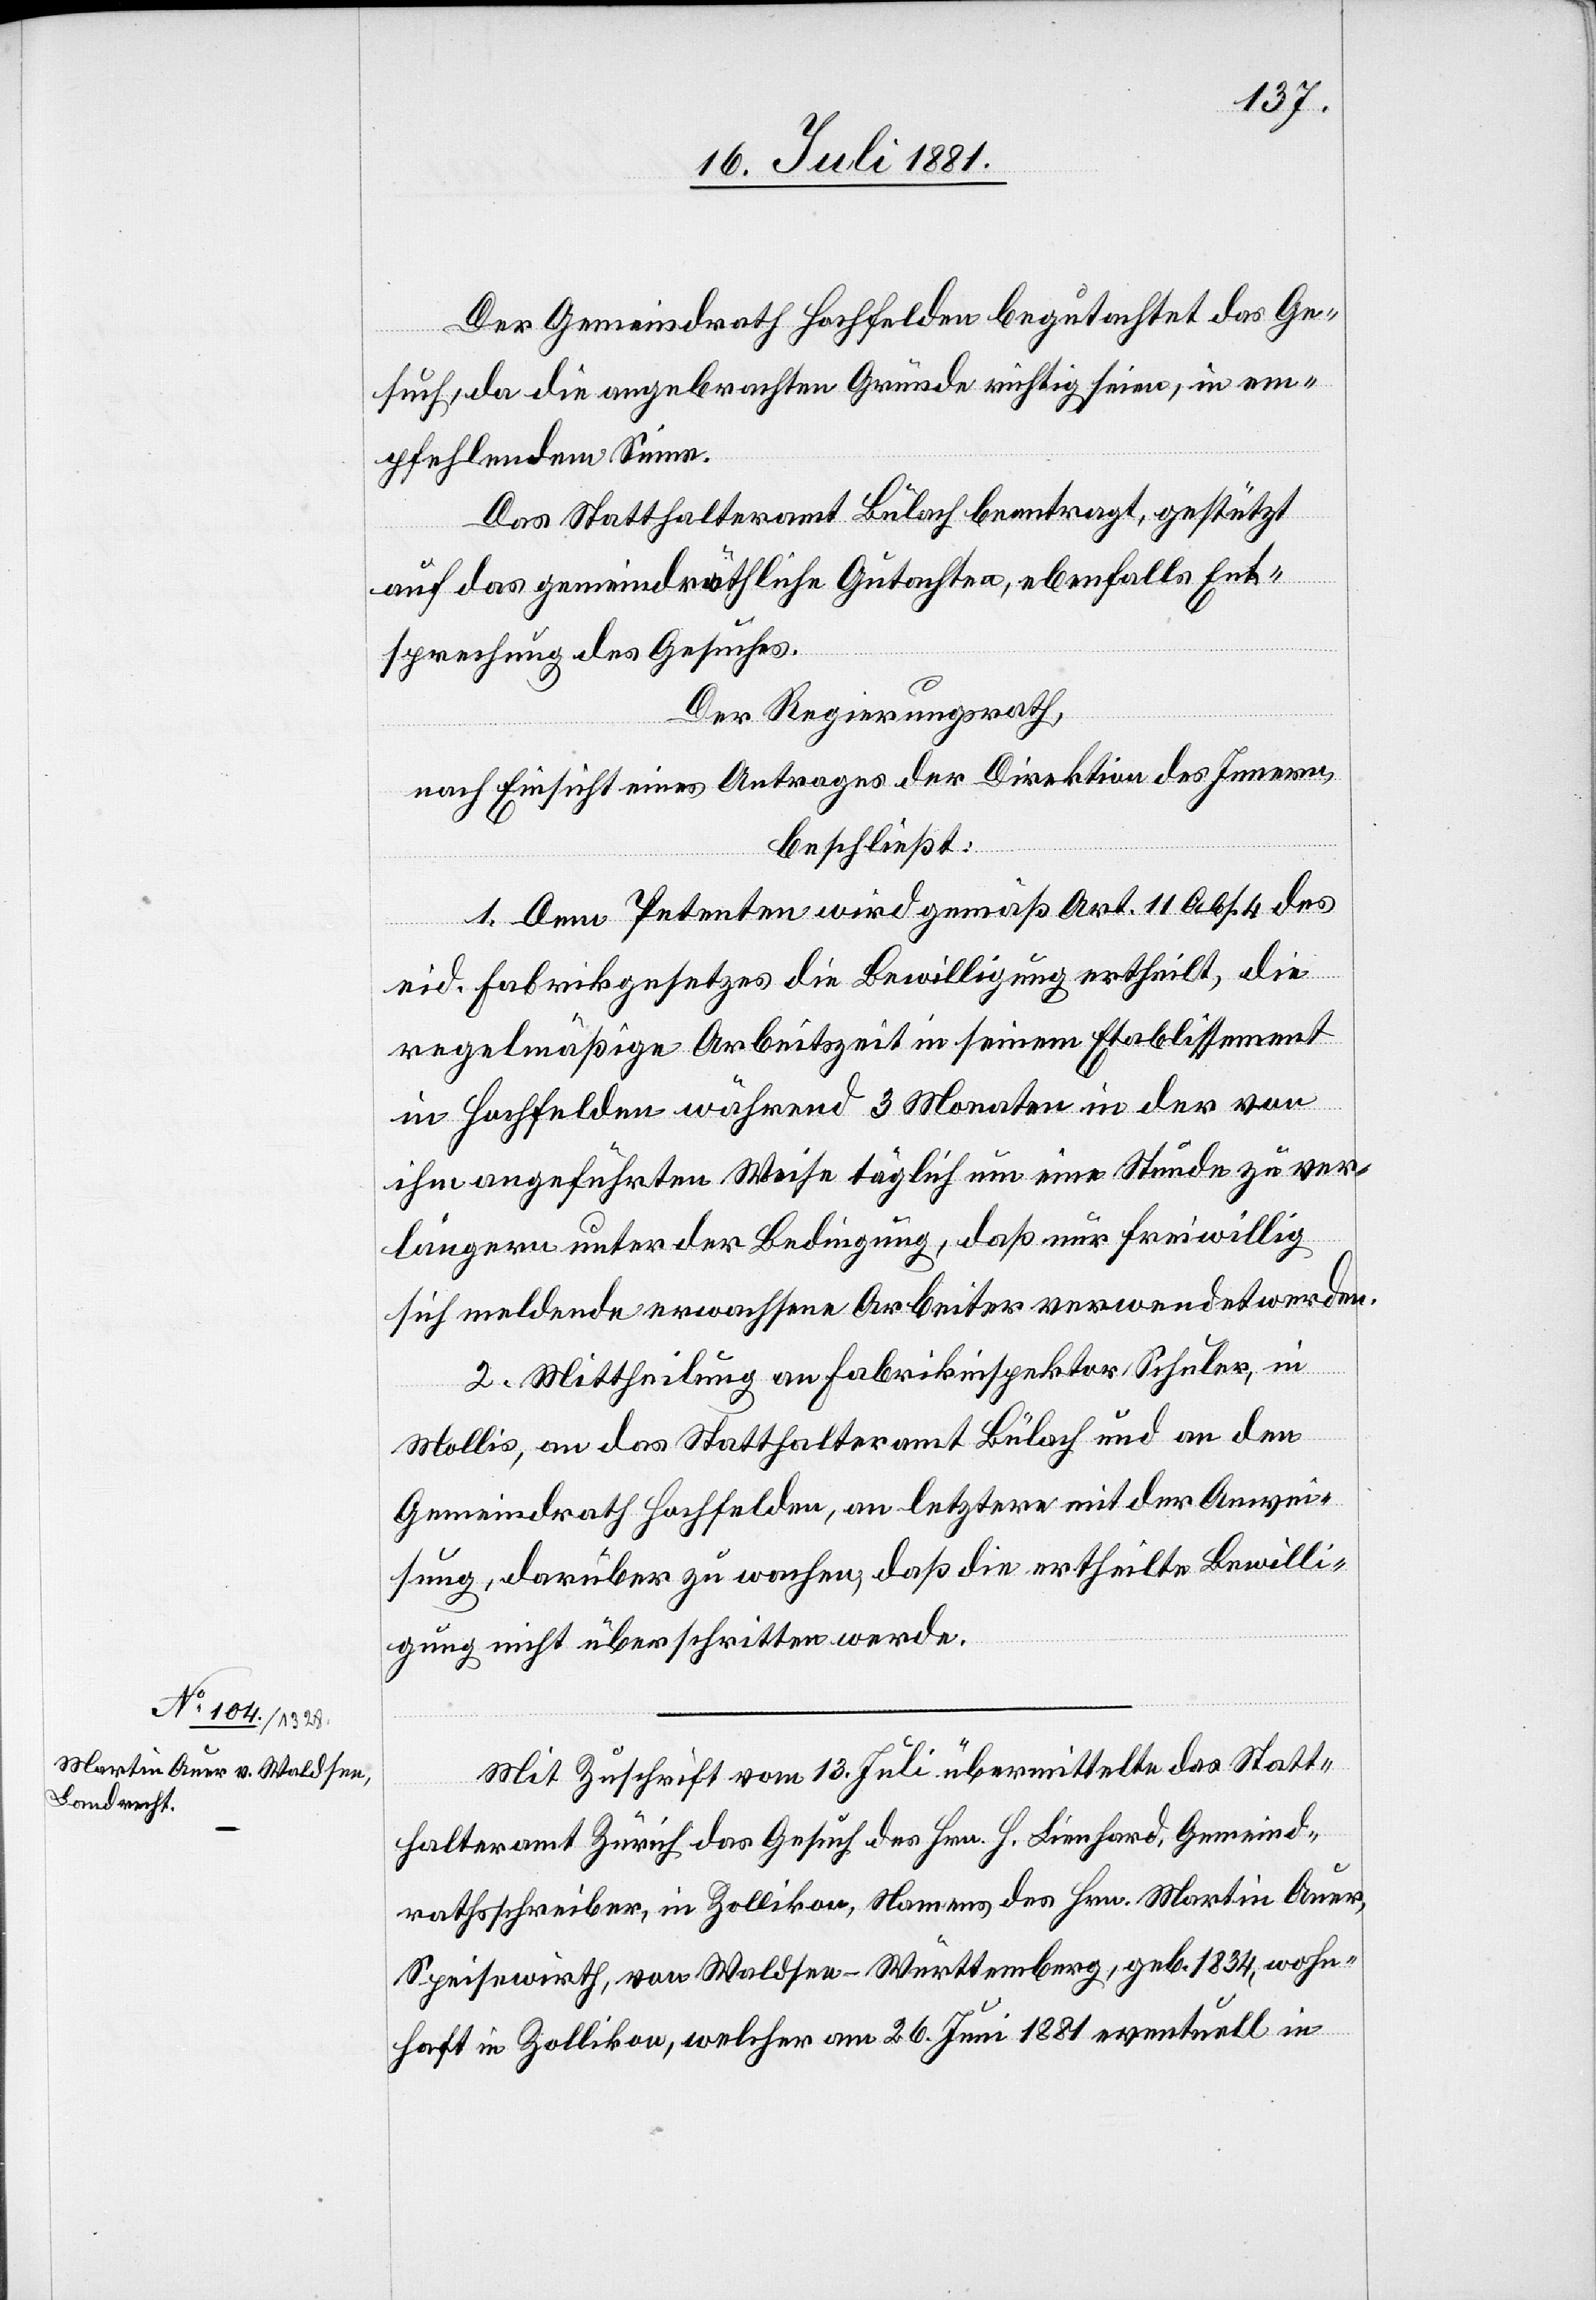
Der Gemeindrath Hochfelden begutachtet das Ge¬
such, da die angebrachten Gründe richtig seien, in em¬
pfehlendem Sinne.
Das Statthalteramt Bülach beantragt, gestützt
auf das gemeindräthliche Gutachten, ebenfalls Ent¬
sprechung des Gesuches.
Der Regierungsrath,
nach Einsicht eines Antrages der Direktion des Innern,
beschließt:
1. Dem Petenten wird gemäß Art. 11 Abs. 4 des
eid. Fabrikgesetzes die Bewilligung ertheilt, die
regelmäßige Arbeitszeit in seinem Etablissement
in Hochfelden während 3 Monaten in der von
ihm angesuchten Weise täglich um eine Stunde zu ver¬
längern unter der Bedingung, daß nur freiwillig
sich meldende erwachsene Arbeiter verwendet werden.
2. Mittheilung an Fabrikinspektor Schuler, in
Mollis, an das Statthalteramt Bülach und an den
Gemeindrath Hochfelden, an letztern mit der Anwei¬
sung, darüber zu wachen, daß die ertheilte Bewilli¬
gung nicht überschritten werde.
Mit Zuschrift vom 13. Juli übermittelte das Statt¬
halteramt Zürich das Gesuch des Hrn. J. Lienhard, Gemeind¬
rathsschreiber, in Zollikon, Namens des Hrn. Martin Auer,
Speisewirth, von Waldsee - Württemberg, geb. 1834, wohn¬
haft in Zollikon, welcher am 26. Juni 1881 eventuell in